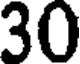
30